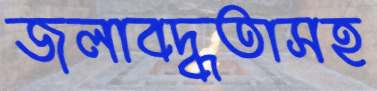
জলাবদ্ধতাসহ